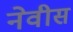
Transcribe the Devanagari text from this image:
नेवीस